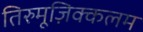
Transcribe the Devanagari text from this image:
तिरुमूज़िक्कलम